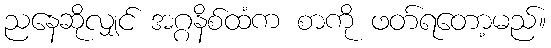
ညနေဆိုလျှင် အဂ္ဂနိစ်ထံက စာကို ဖတ်ရတော့မည်။